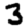
Digit: 3